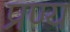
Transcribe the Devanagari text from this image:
प्रण्य